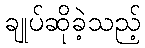
ချုပ်ဆိုခဲ့သည့်